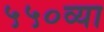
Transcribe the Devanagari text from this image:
५५०व्या